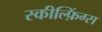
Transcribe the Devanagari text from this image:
स्कील्फ़िंग्स